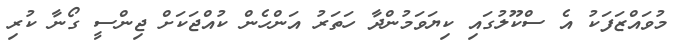
މުވައްޒަފަކު އެ ސްކޫލުގައި ކިޔަވަމުންދާ ހަތަރު އަންހެން ކުއްޖަކަށް ޖިންސީ ގޯނާ ކުރި